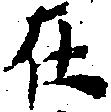
在